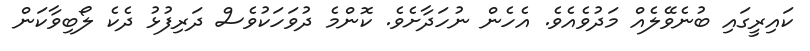
ކައިރީގައި ބުނެވޭލެއް މަދުވެއެވެ. އެހެން ނުހަދާށެވެ. ކޮންމެ ދުވަހަކުވެސް ދަރިފުޅު ދެކެ ލޯބިވާކަން